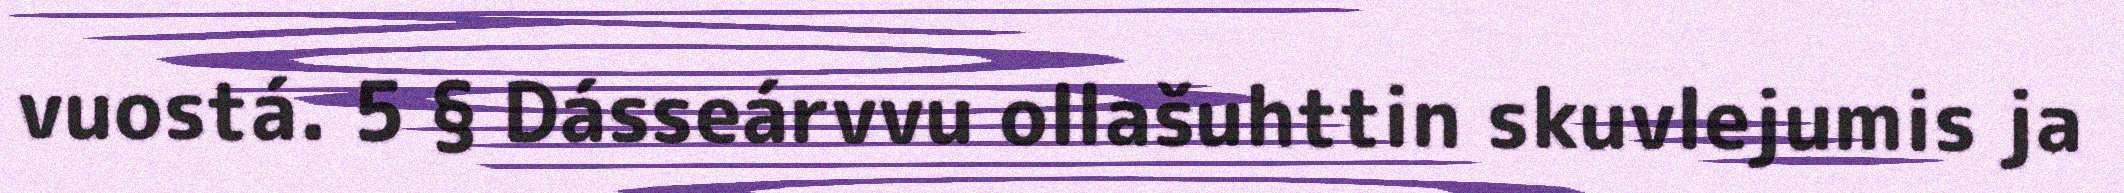
vuostá. 5 § Dásseárvvu ollašuhttin skuvlejumis ja